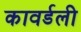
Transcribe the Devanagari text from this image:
कावर्डली